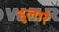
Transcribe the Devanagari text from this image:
हुलारे